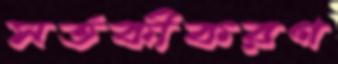
সর্তকীকরণ